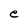
Character: e